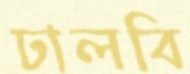
ঢালবি